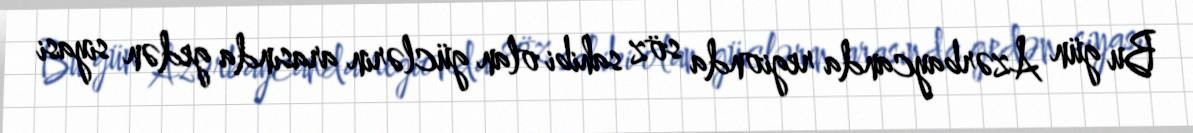
Bu gün Azərbaycanda regionda söz sahibi olan güclərin arasında gedən siyasi